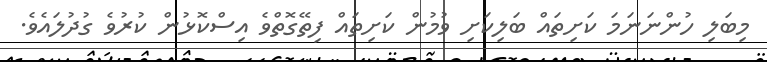
މިބަލި ހުންނަނަމަ ކަށިތައް ބަލިކަށި ވުމުން ކަށިތައް ފިތޭގޮތްވެ އިސްކޮޅުން ކުރުވެ ގުދުލައެވެ.